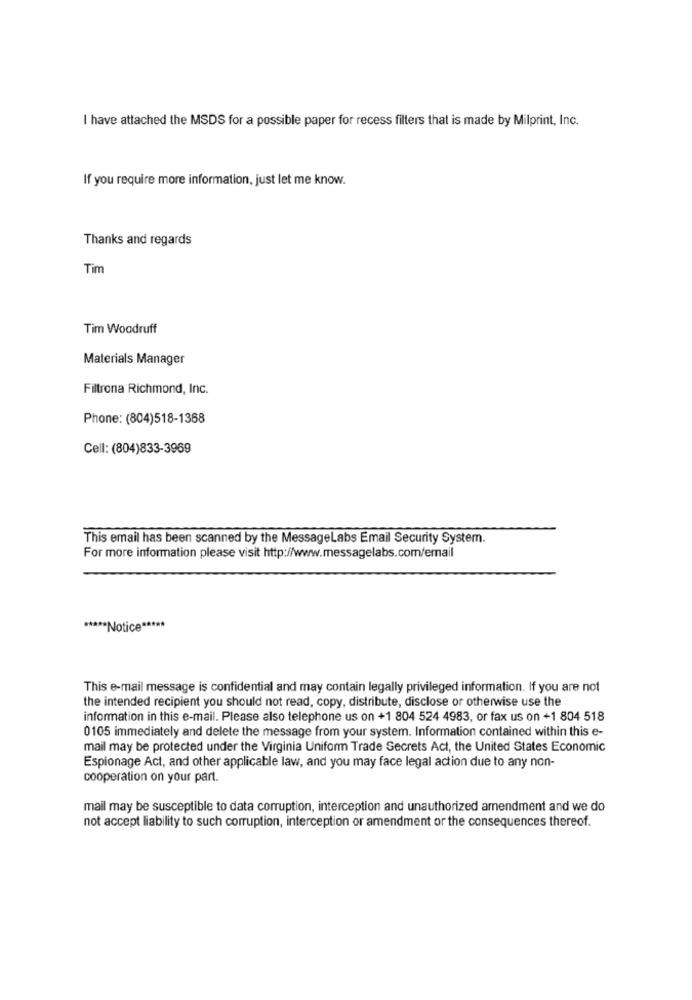
I have attached the MSDS for a possible paper for recess filters that is made by Milprint, Inc.
If you require more information, just let me know.
Thanks and regards
Tim
Tim Woodruff
Materials Manager
Filtrona Richmond, Inc.
Phone: (804)518-1368
Cell: (804)833-3969
This email has been scanned by the MessageLabs Email Security System.
For more information please visit http://www.messagelabs.com/email
***** Notice *****
This e-mail message is confidential and may contain legally privileged information. If you are not
the intended recipient you should not read, copy, distribute, disclose or otherwise use the
information in this e-mail. Please also telephone us on +1 804 524 4983, or fax us on +1 804 518
0105 immediately and delete the message from your system. Information contained within this e-
mail may be protected under the Virginia Uniform Trade Secrets Act, the United States Economic
Espionage Act, and other applicable law, and you may face legal action due to any non-
cooperation on your part.
mail may be susceptible to data corruption, interception and unauthorized amendment and we do
not accept liability to such corruption, interception or amendment or the consequences thereof.